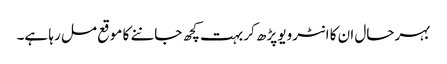
بہرحال ان کا انٹرویو پڑھ کر بہت کچھ جاننے کا موقع مل رہا ہے۔